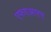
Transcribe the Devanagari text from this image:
एफएआरए